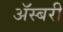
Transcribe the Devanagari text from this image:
ॲस्बरी